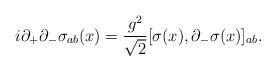
LaTeX: \begin{align*}{i\partial_{+}\partial_{-}\sigma_{ab}(x)={g^{2}\over\sqrt{2}}[\sigma(x),\partial_{-}\sigma(x)]_{ab}}.\end{align*}